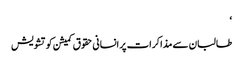
‘
طالبان سے مذاکرات پر انسانی حقوق کمیشن کو تشویش